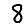
Digit: 8